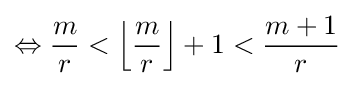
\Leftrightarrow {\frac {m}{r}}<\left\lfloor {\frac {m}{r}}\right\rfloor +1<{\frac {m+1}{r}}